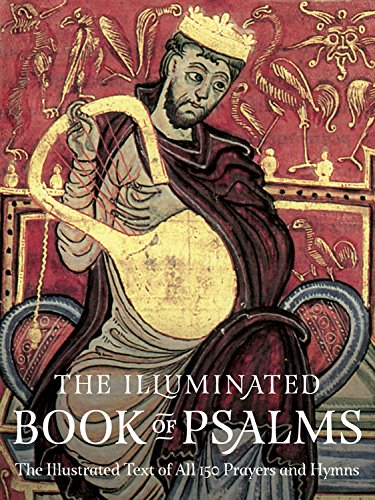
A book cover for The Illuminated Book of Psalms: The Illustrated Text of all 150 Prayers and Hymns; Arts & Photography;